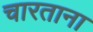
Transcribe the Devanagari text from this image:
चारताना